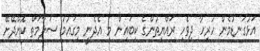
އަޅުގަނޑުމެން ހުރިހާ ދިވެހި ރައްޔިތުންގެ ކިބައިން މި އެދެނީ މިގައުމު ސަލާމަތް ކޮށްދޭށޭ